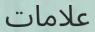
علامات